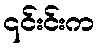
၎င်းင်းက